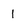
Character: l